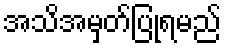
အသိအမှတ်ပြုရမည်